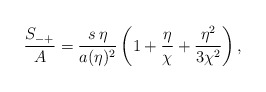
\begin{align*}{S_{-+}\over A} = {s\, \eta\over a(\eta)^2} \left(1+{\eta\over\chi} +{\eta^2\over 3\chi^2} \right),\end{align*}